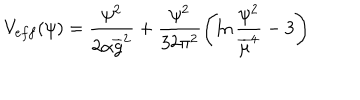
LaTeX: V _ { e f f } ( \psi ) = \frac { \psi ^ { 2 } } { 2 \alpha { \overline { { g } } } ^ { 2 } } + \frac { \psi ^ { 2 } } { 3 2 \pi ^ { 2 } } \left( \ln \frac { \psi ^ { 2 } } { { \overline { { \mu } } } ^ { 4 } } - 3 \right)